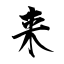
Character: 来